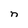
Character: n